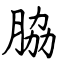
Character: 脇